Vaccination United Provinces of Agra and Oudh 1923-1928 - 1923-1928
Year: 1923
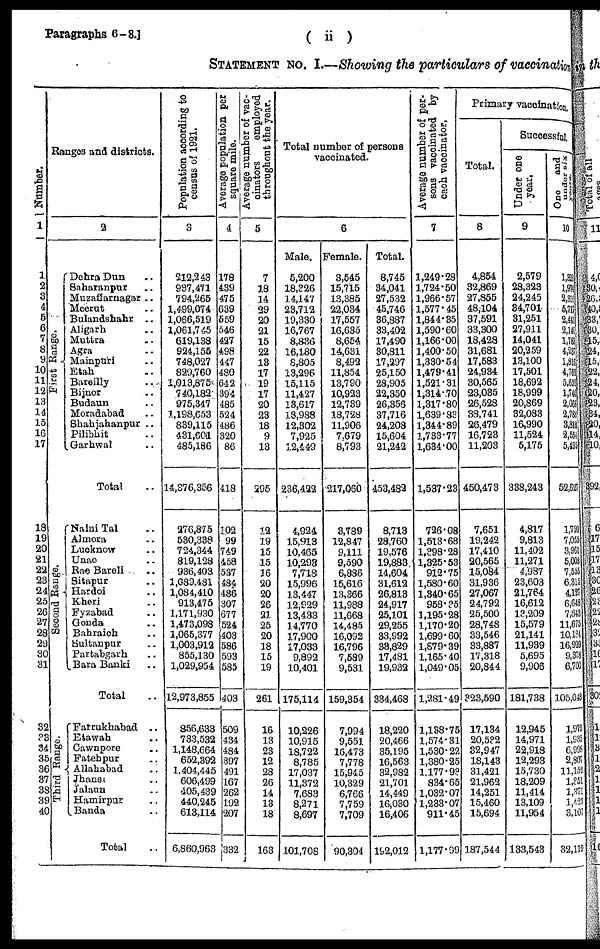
Paragraphs 6-8.]
( ii)
STATEMENT No. I.—Showing the particulars of vaccination
Number.
1
1
2
3 4
5
6
7
8
9
10
11
12
18
14
15
16
17
18
19
20
21
22
23
24
25
26
27
28
29
30
31
32
33
34
35
36
37
38
39
40
Ranges and districts.
2
First Range.
Second Range.
Third Range.
Dehra Dun ..
Saharanpur ..
Muzaffarnagar ..
Meerut ..
Bulandshahr ..
Aligarh ..
Muttra ..
Agra ..
Mainpuri ..
Etah ..
Bareilly ..
Bijnor ..
Budaun ..
Moradabad ..
Shahjahanpur ..
Pilibhit ..
Garhwal ..
Total ..
Naini Tal ..
Almora ..
Lucknow ..
Unao ..
Rae Bareli ..
Sitapur ..
Hardoi ..
Kheri ..
Fyzabad ..
Gonda ..
Bahraich ..
Sultanpur ..
Partabgarh ..
Bara Banki ..
Total ..
Farrukhabad
..
Etawah ..
Cawnpore ..
Fatehpur ..
Allahabad ..
Jhansi ..
Jalaun ..
Hamirpur ..
Banda ..
Total ..
Population according to
census of 1921.
3
212,243
987,471
794,265
1,499,074
1,066,519
1,061,745
619,138
924,155
748,027
829,760
1,013,875
740,182
975,347
1,198,653
839,115
431, 601
485,186
14,376,356
276,875
530,339
724,344
819,128
936,403
1,089,481
1,084,410
913,475
1,171,930
1,473,098
1,065,377
1,003,912
855,130
1,029,954
12,973,855
856,633
733,532
1,148,664
652,392
1,404,445
606,499
105,439
440,245
613,114
6,860,963
Average population per
square mile.
4
178
439
475
639
559
546
427
498
447
480
642
394
485
524
486
320
86
418
102
99
749
458
537
484
486
307
677
524
403
586
593
585
403
509
434
484
397
491
167
262
192
207
332
Average number of vac¬
cinators
employed
throughout the year.
5
7
18
14
29
20
21
15
22
13
17
19
17
20
23
18
9
13
295
12
19
15
15
16
20
20
26
21
25
20
18
15
19
261
16
13
23
12
28
26
14
13
18
163
Total number of persons
vaccinated.
6
Male.
5,200
18,326
14,147
23,712
19,330
16,767
8,836
16,180
8,805
13,296
15,115
11,427
13,617
18,988
12,302
7,925
12,449
236,422
4,924
15,913
10,465
10,293
7,718
15,996
13,447
12,929
13,433
14,770
17,900
17,033
9,892
10,401
175,114
10,226
10,915
18,722
8,785
17,037
11,372
7,683
8,271
8,697
101,708
Female
3,545
15,715
13,385
22,034
17,557
16,635
8,654
14,631
8,492
11,854
13,790
10,923
12,739
18,728
11,906
7,679
8,793
217,060
3,789
12,847
9,111
9,590
6,886
15,616
13,366
11,988
11,668
14,485
16,092
16,796
7,539
9,531
159,354
7,994
9,551
16,473
7,778
15,945
10,329
6,766
7,759
7,709
90,304
Total.
8,745
34,041
27,532
45,746
36,887
33,402
17,490
30,811
17,297
25,150
28,905
22,350
26,356
37,716
24,208
15,604
21,242
453,482
8,713
28,760
19,576
19,383
14,604
31,612
26,813
24,917
25,101
29,255
33,992
33,829
17,481
19,932
334,468
18,220
20,466
35,195
16,563
32,932
21,701
14,449
16,030
16,406
192,012
Average number of per¬
sons vaccinated by
each vaccinator.
7
1,249.28
1,724.50
1,966.57
1,577.45
1,844.35
1,590.60
1,166.00
1,400.50
1,330.54
1,479.41
1,521.31
1,314.70
1,317.80
1,639.83
1,344.89
1,733.77
1,634.00
1,537.23
726.08
1,513.68
1,398.28
1,325.53
912.75
1,580.60
1,340.65
958.35
1,195.28
1,170.20
1,699.60
1,879.39
1,165.40
1,049.05
1,281.49
1,138.75
1,574.31
1,530.29
1,380.25
1,177.93
834.65
1,032.07
1,233.07
911.45
1,177.99
Primary vaccination.
Total.
8
4,854
32,869
27,855
48,104
37,591
33,300
18,428
31,681
17,583
24,934
30,565
23,035
26,528
38,741
26,479
16,723
11,203
450,473
7,651
19,242
17,410
20,565
15,084
31,936
27,067
24,792
25,500
28,748
33,546
33,887
17,318
20,844
323,590
17,134
20,532
32,947
18,143
31,421
21,962
14,251
15,460
15,694
187,544
Successful
Under one
year.
9
2,579
23,323
24,245
34,701
31,251
27,911
14,041
20,259
13,100
17,501
18,692
18,999
20,869
32,083
16,990
11,524
5,175
338,243
4,817
9,813
11,402
11,271
4,987
23,603
21,764
16,612
13,209
15,579
21,141
11,939
5,695
9,906
181,738
12,945
14,971
22,918
12,293
15,730
18,209
11,414
13,109
11,954
133,543
One
and
Under six year.
10
1,323
1,974
2,316
5,717
2,441
2,140
1,783
4,237
1,816
4,762
5,652
1, 740
2,066
2,788
3,818
2,554
5,
52,627
1,7
7,055
3,961
5,008
7,555
6,315
4,127
6,648
7,843
11,675
10,134
16,929
9,738
6,700
105,048
1,975
1,935
6,998
2,807
11,152
1,351
1,371
1,423
3,107
32,119